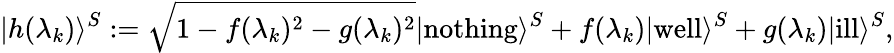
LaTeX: |h(\lambda_{k})\rangle^{S}:={\sqrt{1-f(\lambda_{k})^{2}-g(\lambda_{k})^{2}}}|\mathrm{nothing}\rangle^{S}+f(\lambda_{k})|\mathrm{well}\rangle^{S}+g(\lambda_{k})|\mathrm{ill}\rangle^{S},